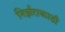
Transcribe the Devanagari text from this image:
निर्झराकाठी